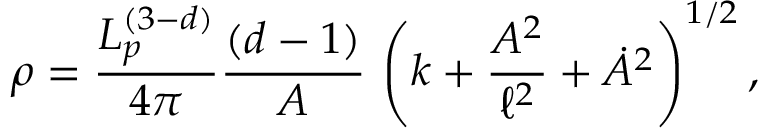
\rho = \frac { L _ { p } ^ { ( 3 - d ) } } { 4 \pi } \frac { ( d - 1 ) } { A } \, \left( k + \frac { A ^ { 2 } } { \ell ^ { 2 } } + \dot { A } ^ { 2 } \right) ^ { 1 / 2 } ,